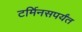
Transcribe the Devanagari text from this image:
टर्मिनसपर्यंत